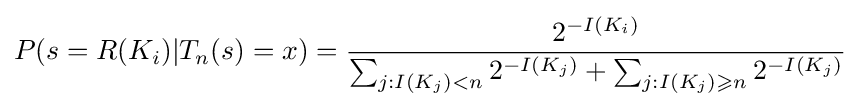
P(s=R(K_{i})|T_{n}(s)=x)={\frac {2^{-I(K_{i})}}{\sum _{j:I(K_{j})<n}2^{-I(K_{j})}+\sum _{j:I(K_{j})\geqslant n}2^{-I(K_{j})}}}